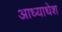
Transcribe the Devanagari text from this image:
आध्याधेश